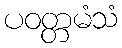
ပဝတ္တမံသံ